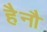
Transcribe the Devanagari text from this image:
हैनौ